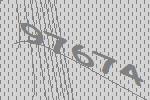
97674